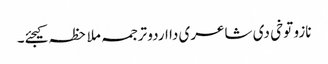
نازو توخی د‏‏ی شاعری دا اردو ترجمہ ملاحظہ کیجئے۔